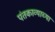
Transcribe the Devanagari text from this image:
पंतकाव्याच्या